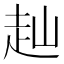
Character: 赸